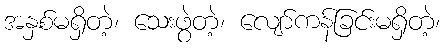
အနှစ်မရှိတဲ့၊ သေးဖွဲတဲ့၊ လျော်ကန်ခြင်းမရှိတဲ့၊